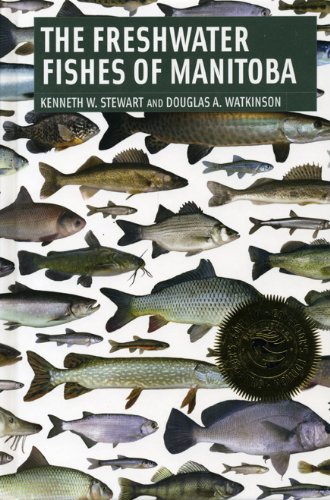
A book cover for The Freshwater Fishes of Manitoba; Kenneth Stewart; Sports & Outdoors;